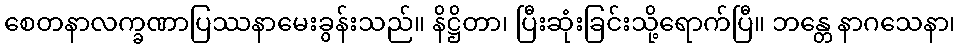
စေတနာလက္ခဏာပြဿနာမေးခွန်းသည်။ နိဋ္ဌိတာ၊ ပြီးဆုံးခြင်းသို့ရောက်ပြီ။ ဘန္တေ နာဂသေနာ၊